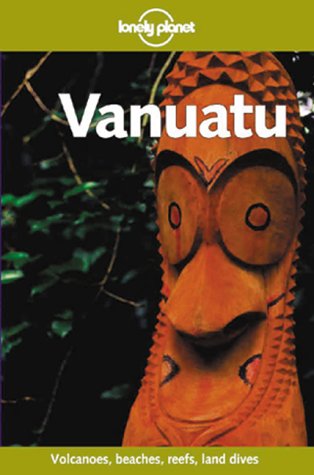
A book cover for Lonely Planet Vanuatu (Travel Survival Kit); Denis O'Byrne; Travel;